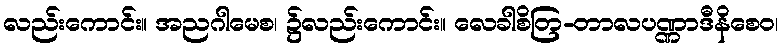
လည်းကောင်း။ အညဂါမေစ၊ ၌လည်းကောင်း။ လေခါစိတြ-တာလပဏ္ဏာဒီနိစေဝ၊